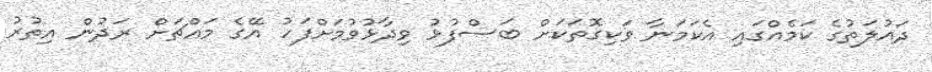
ދައުލަތުގެ ކަމެއްގައި އެކަމަނާ ވަކިގޮތަކަށް ބަސްފުޅު ވިދާޅުވުމަށްފަހު އޭގެ މައްޗަށް ރަދުން އިތުރު